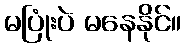
မပြုံးပဲ မနေနိုင်။